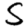
Digit: 5